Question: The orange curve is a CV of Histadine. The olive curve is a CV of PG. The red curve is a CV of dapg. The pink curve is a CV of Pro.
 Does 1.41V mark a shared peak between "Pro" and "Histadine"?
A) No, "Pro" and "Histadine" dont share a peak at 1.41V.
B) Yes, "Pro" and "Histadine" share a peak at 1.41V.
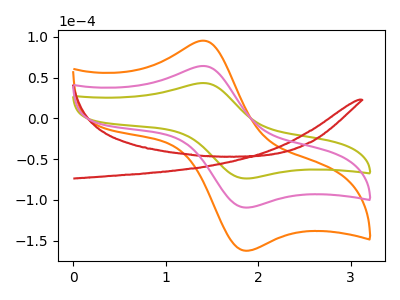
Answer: <think>The orange curve "Histadine" has an anodic peak at (1.40V, 128.30uA) and a cathodic peak at (1.85V, -218.90uA). The olive curve "PG" has an anodic peak at (1.40V, 43.25uA) and a cathodic peak at (1.85V, -73.75uA). The red curve "dapg" has no peaks. The pink curve "Pro" has an anodic peak at (1.40V, 64.15uA) and a cathodic peak at (1.85V, -109.45uA).</think>
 <answer>B) Yes, "Pro" and "Histadine" share a peak at 1.41V.</answer>
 <eval>B</eval>